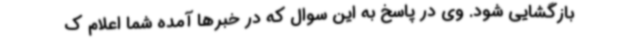
بازگشایی شود. وی در پاسخ به این سوال که در خبرها آمده شما اعلام ک